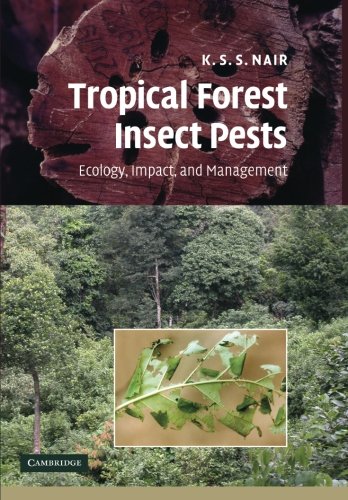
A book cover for Tropical Forest Insect Pests: Ecology, Impact, and Management; K. S. S. Nair; Science & Math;